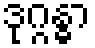
ဒုဂ္ဂန္ဓာ